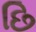
છિ